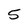
Character: 5